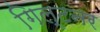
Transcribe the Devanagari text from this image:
गिल्टनर